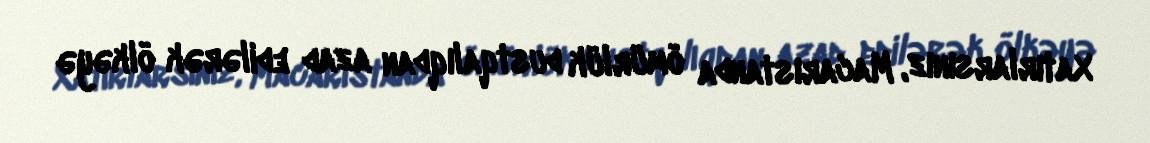
Xatırlarsınız, Macarıstanda ömürlük dustqalıqdan azad edilərək ölkəyə